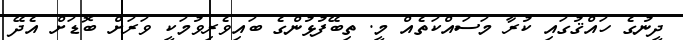
ދީނުގެ ހައްޤުގައި ކުރާ މަސައްކަތެއް މީ. ތިބޭފުޅުންގެ ބައިވެރިވުމަކީ ވަރަށް ބޮޑަށް އެދޭ